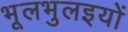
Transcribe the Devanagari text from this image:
भूलभुलइयों